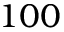
1 0 0